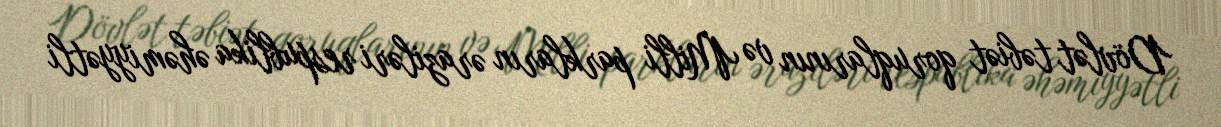
Dövlət təbiət qoruqlarının və Milli parkların əraziləri respublika əhəmiyyətli